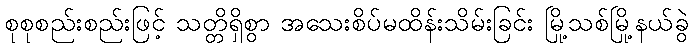
စုစုစည်းစည်းဖြင့် သတ္တိရှိစွာ အသေးစိပ်မထိန်းသိမ်းခြင်း မြို့သစ်မြို့နယ်ခွဲ